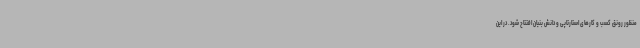
منظور رونق کسب و کارهای استارتاپی و دانش بنیان افتتاح شود. در این